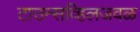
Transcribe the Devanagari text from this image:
टाउन्सव्हिलजवळ